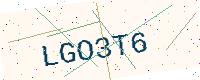
Text: LGO3T6